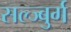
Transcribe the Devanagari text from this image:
सल्ज्बुर्ग